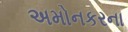
અમોનકરના